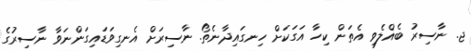
ޖ. ނާސިރު ބެއްލެވި އެތަން ކިހާ އަގަކަށް ހިނގައިދާނެތޯ. ނާސިރަށް އެނގިވަޑައިގަންނަވާ ނާސިރުގެ